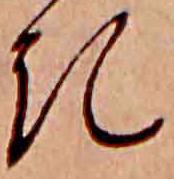
き